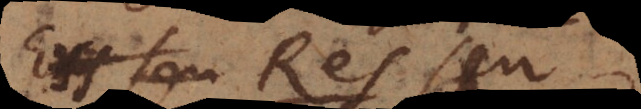
Ens seu Res seu